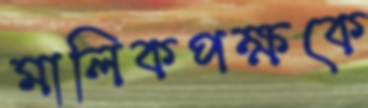
মালিকপক্ষকে